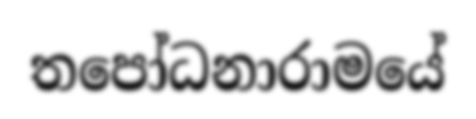
තපෝධනාරාමයේ